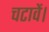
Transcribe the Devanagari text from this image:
चटावें।